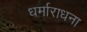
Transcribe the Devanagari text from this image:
धर्माराधना